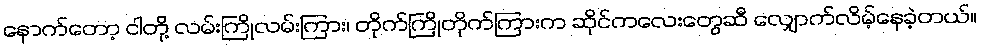
နောက်တော့ ငါတို့ လမ်းကြိုလမ်းကြား၊ တိုက်ကြိုတိုက်ကြားက ဆိုင်ကလေးတွေဆီ လျှောက်လိမ့်နေခဲ့တယ်။